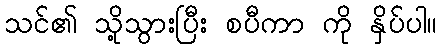
သင်၏ သို့သွားပြီး စပီကာ ကို နှိပ်ပါ။